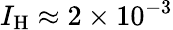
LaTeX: I_{\mathrm{H}}\approx 2\times 10^{-3}